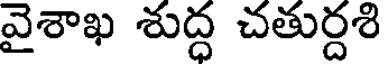
వైశాఖ శుద్ధ చతుర్దశి